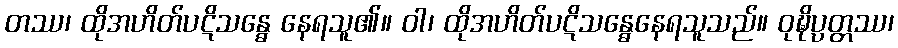
တဿ၊ ထိုအဟိတ်ပဋိသန္ဓေ နေရသူ၏။ ဝါ၊ ထိုအဟိတ်ပဋိသန္ဓေနေရသူသည်။ ဝုဍ္ဎိပ္ပတ္တဿ၊